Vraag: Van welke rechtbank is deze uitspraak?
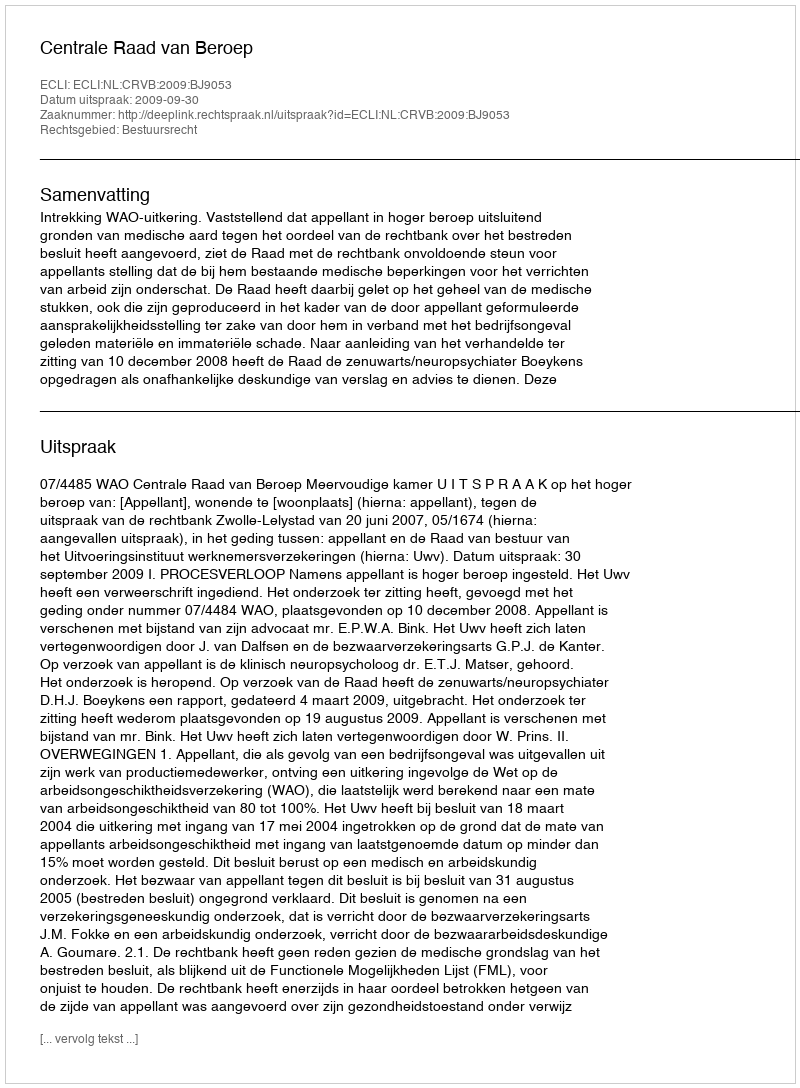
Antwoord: Centrale Raad van Beroep